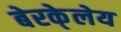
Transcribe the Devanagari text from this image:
बेरके्लेय